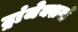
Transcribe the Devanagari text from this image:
ट्रांजेक्शनों